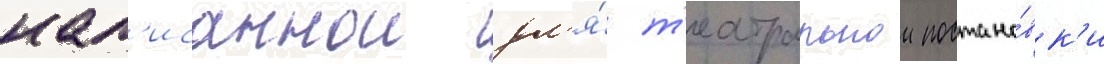
нап'исаннои дл'я́ т'еатральнои постано́вк'и